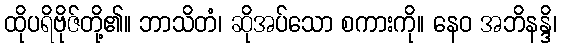
ထိုပရိဗိုဇ်တို့၏။ ဘာသိတံ၊ ဆိုအပ်သော စကားကို။ နေဝ အဘိနန္ဒိ၊